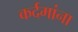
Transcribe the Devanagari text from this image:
कर्दमांना